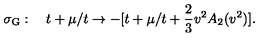
\sigma _ { \mathrm G } : \quad t + \mu / t \to - [ t + \mu / t + \frac { 2 } { 3 } v ^ { 2 } A _ { 2 } ( v ^ { 2 } ) ] .